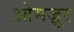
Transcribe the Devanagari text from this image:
ओमज़ूर